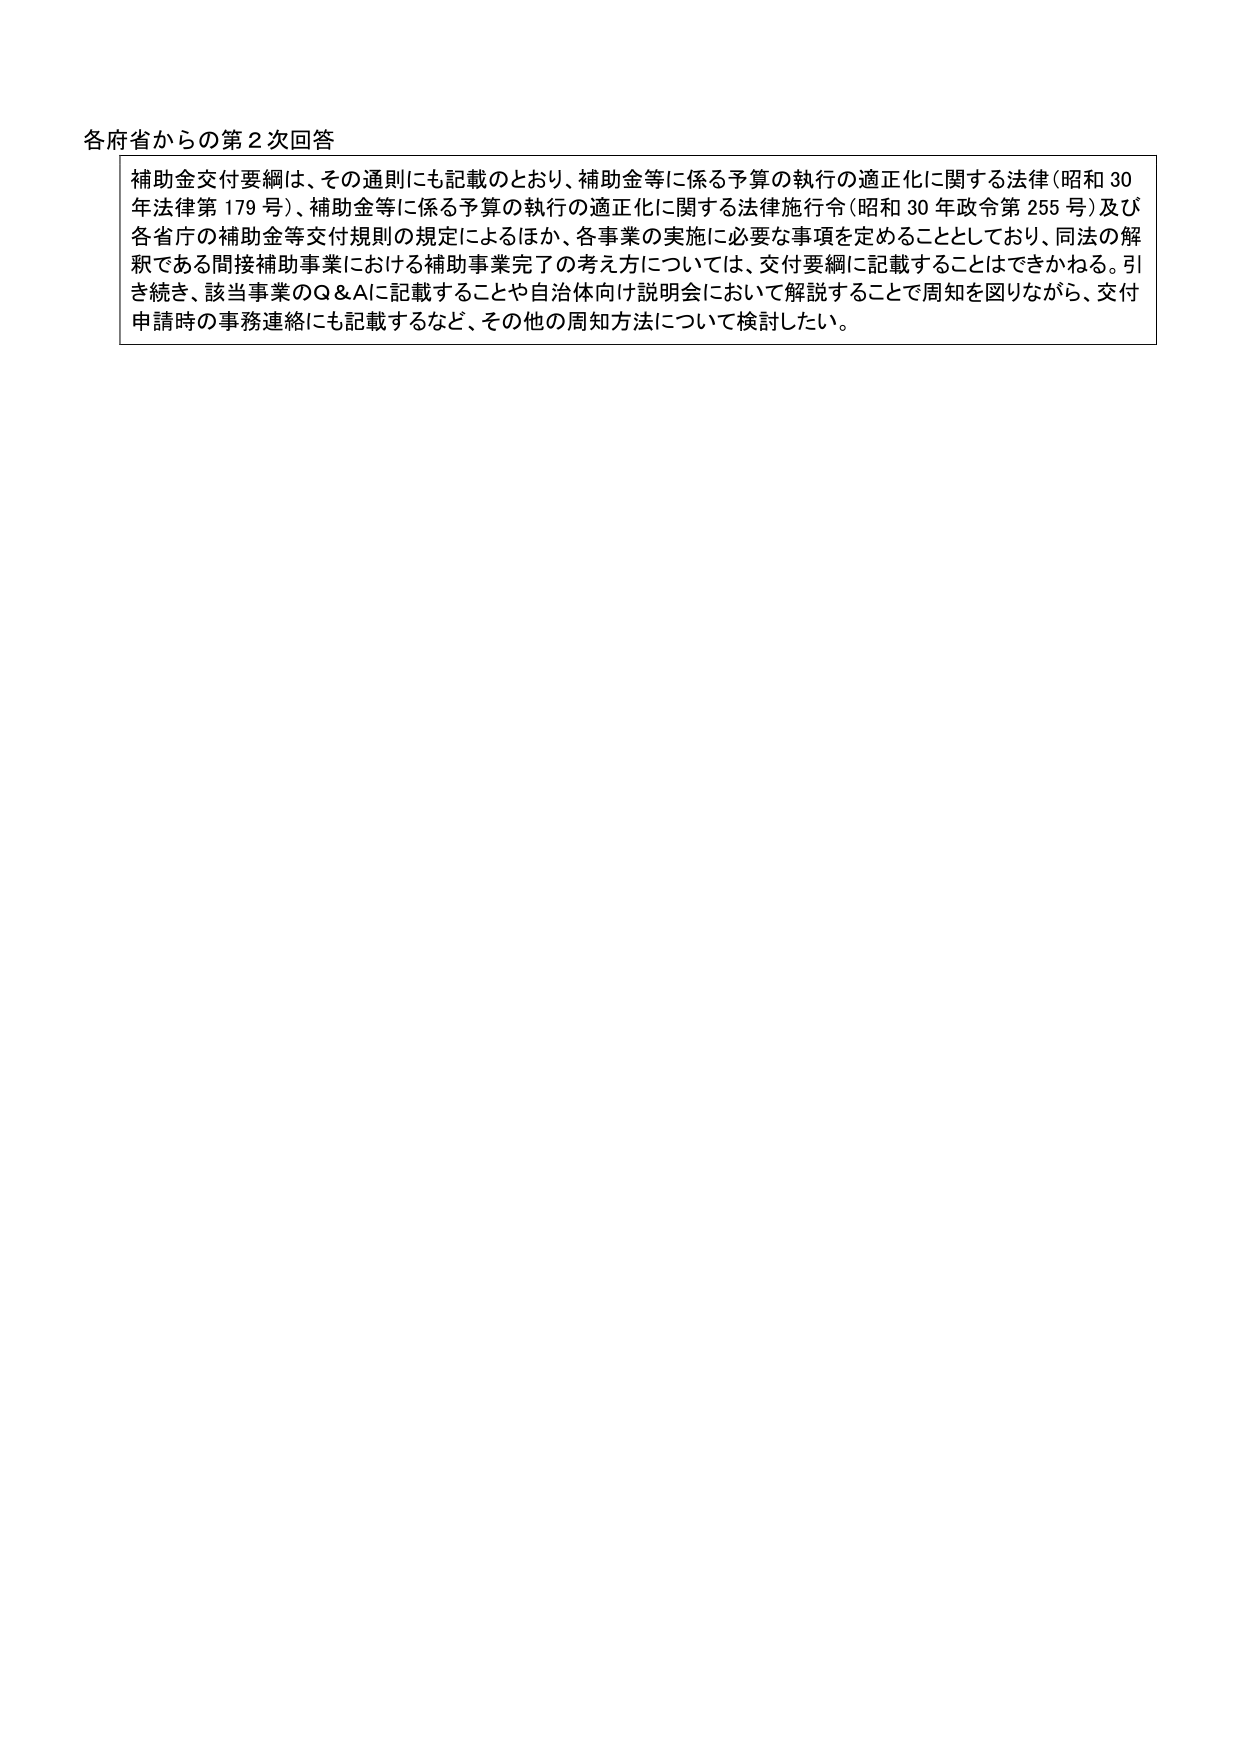
各府省からの第２次回答

補助金交付要綱は、その通則にも記載のとおり、補助金等に係る予算の執行の適正化に関する法律（昭和30年法律第179号）、補助金等に係る予算の執行の適正化に関する法律施行令（昭和30年政令第255号）及び各省庁の補助金等交付規則の規定によるほか、各事業の実施に必要な事項を定めることとしており、同法の解釈である間接補助事業における補助事業完了の考え方については、交付要綱に記載することはできかねる。引き続き、該当事業のQ&Aに記載することや自治体向け説明会において解説することで周知を図りながら、交付申請時の事務連絡にも記載するなど、その他の周知方法について検討したい。